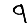
Digit: 9